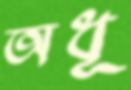
অধূ